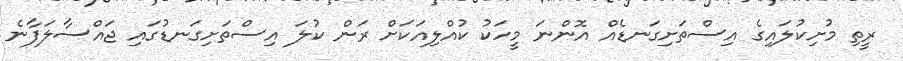
ރީތި މުށިކުލައިގެ އިސްތަށިގަނޑެއް އޮންނަ މީހަކު ކުއްލިއަކަށް ރަން ކުލަ އިސްތަށިގަނޑުގައި ޖައްސާލަފާނެ